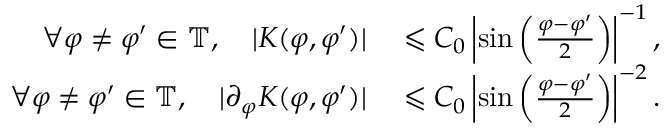
\begin{array} { r l } { \forall \varphi \neq \varphi ^ { \prime } \in \mathbb { T } , \quad | K ( \varphi , \varphi ^ { \prime } ) | } & { { } \leqslant C _ { 0 } \left| \sin \left( \frac { \varphi - \varphi ^ { \prime } } { 2 } \right) \right| ^ { - 1 } , } \\ { \forall \varphi \neq \varphi ^ { \prime } \in \mathbb { T } , \quad | \partial _ { \varphi } K ( \varphi , \varphi ^ { \prime } ) | } & { { } \leqslant C _ { 0 } \left| \sin \left( \frac { \varphi - \varphi ^ { \prime } } { 2 } \right) \right| ^ { - 2 } . } \end{array}